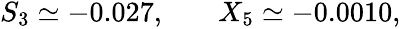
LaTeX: \begin{array}{rlr}{S_{3}\simeq-0.027,}&{{}}&{X_{5}\simeq-0.0010,}\end{array}